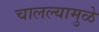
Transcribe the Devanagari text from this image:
चालल्यामुळे